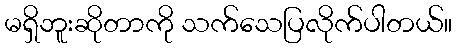
မရှိဘူးဆိုတာကို သက်သေပြလိုက်ပါတယ်။